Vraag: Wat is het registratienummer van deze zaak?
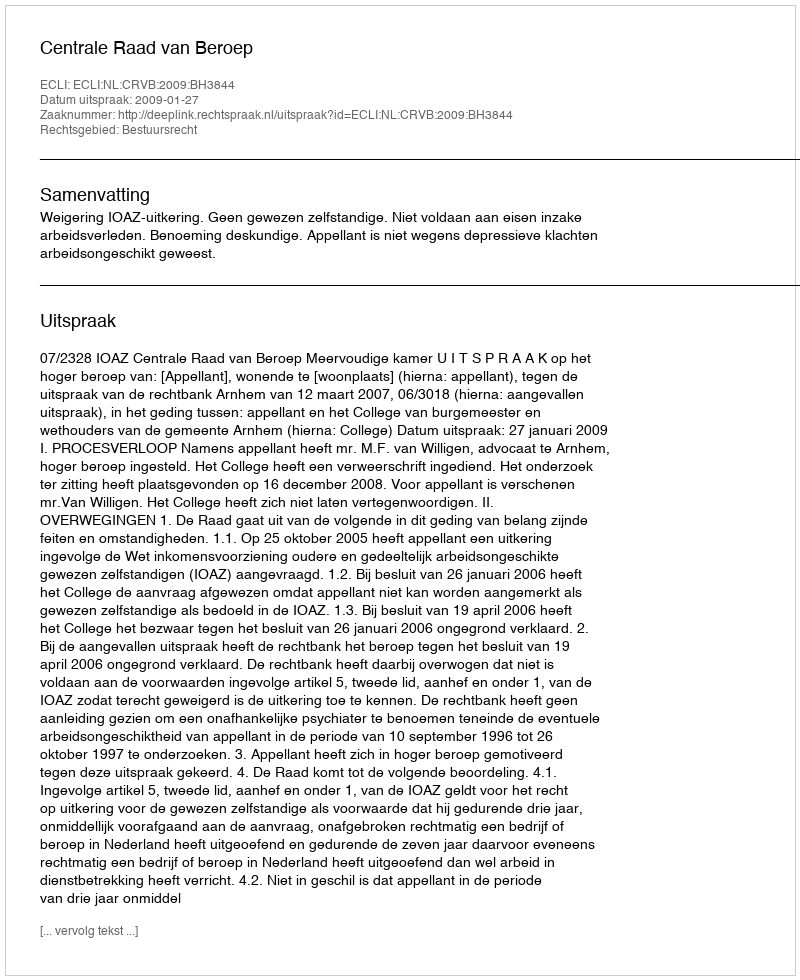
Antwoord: http://deeplink.rechtspraak.nl/uitspraak?id=ECLI:NL:CRVB:2009:BH3844